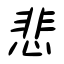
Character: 悲